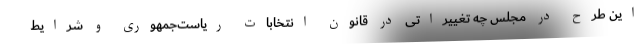
این طرح در مجلس چه تغییراتی در قانون انتخابات ریاست‌جمهوری و شرایط